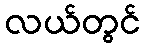
လယ်တွင်